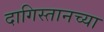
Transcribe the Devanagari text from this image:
दागिस्तानच्या